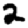
Digit: 2